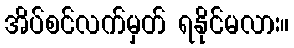
အိပ်စင်လက်မှတ် ရနိုင်မလား။